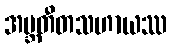
အဗ္ဘတီတသဟာယဿ